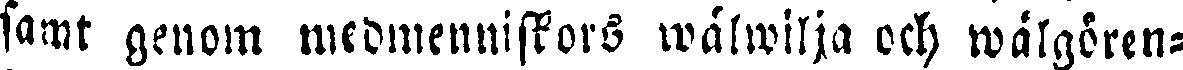
samt genom medmenniskors wälwilja och wälgören-